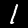
Label: 1